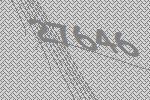
27646